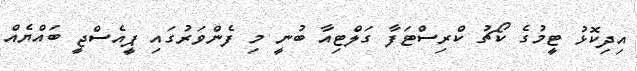
އިދިކޮޅު ޓީމުގެ ކޯޗު ކްރިސްޓަފާ ގަލްޓިއާ ބުނީ މި ފެންވަރުގައި ޕީއެސްޖީ ބައްޔެއް